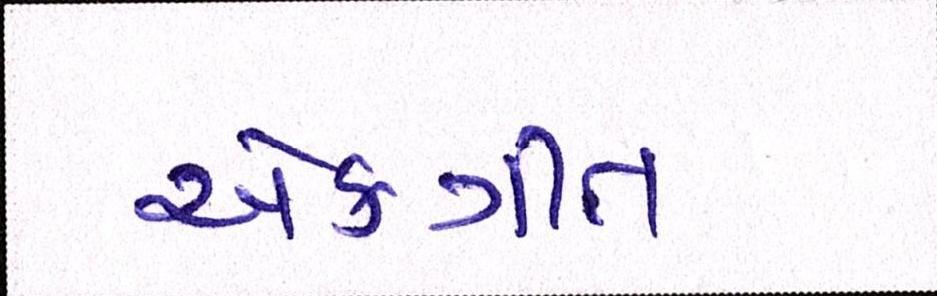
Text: એકત્રીત